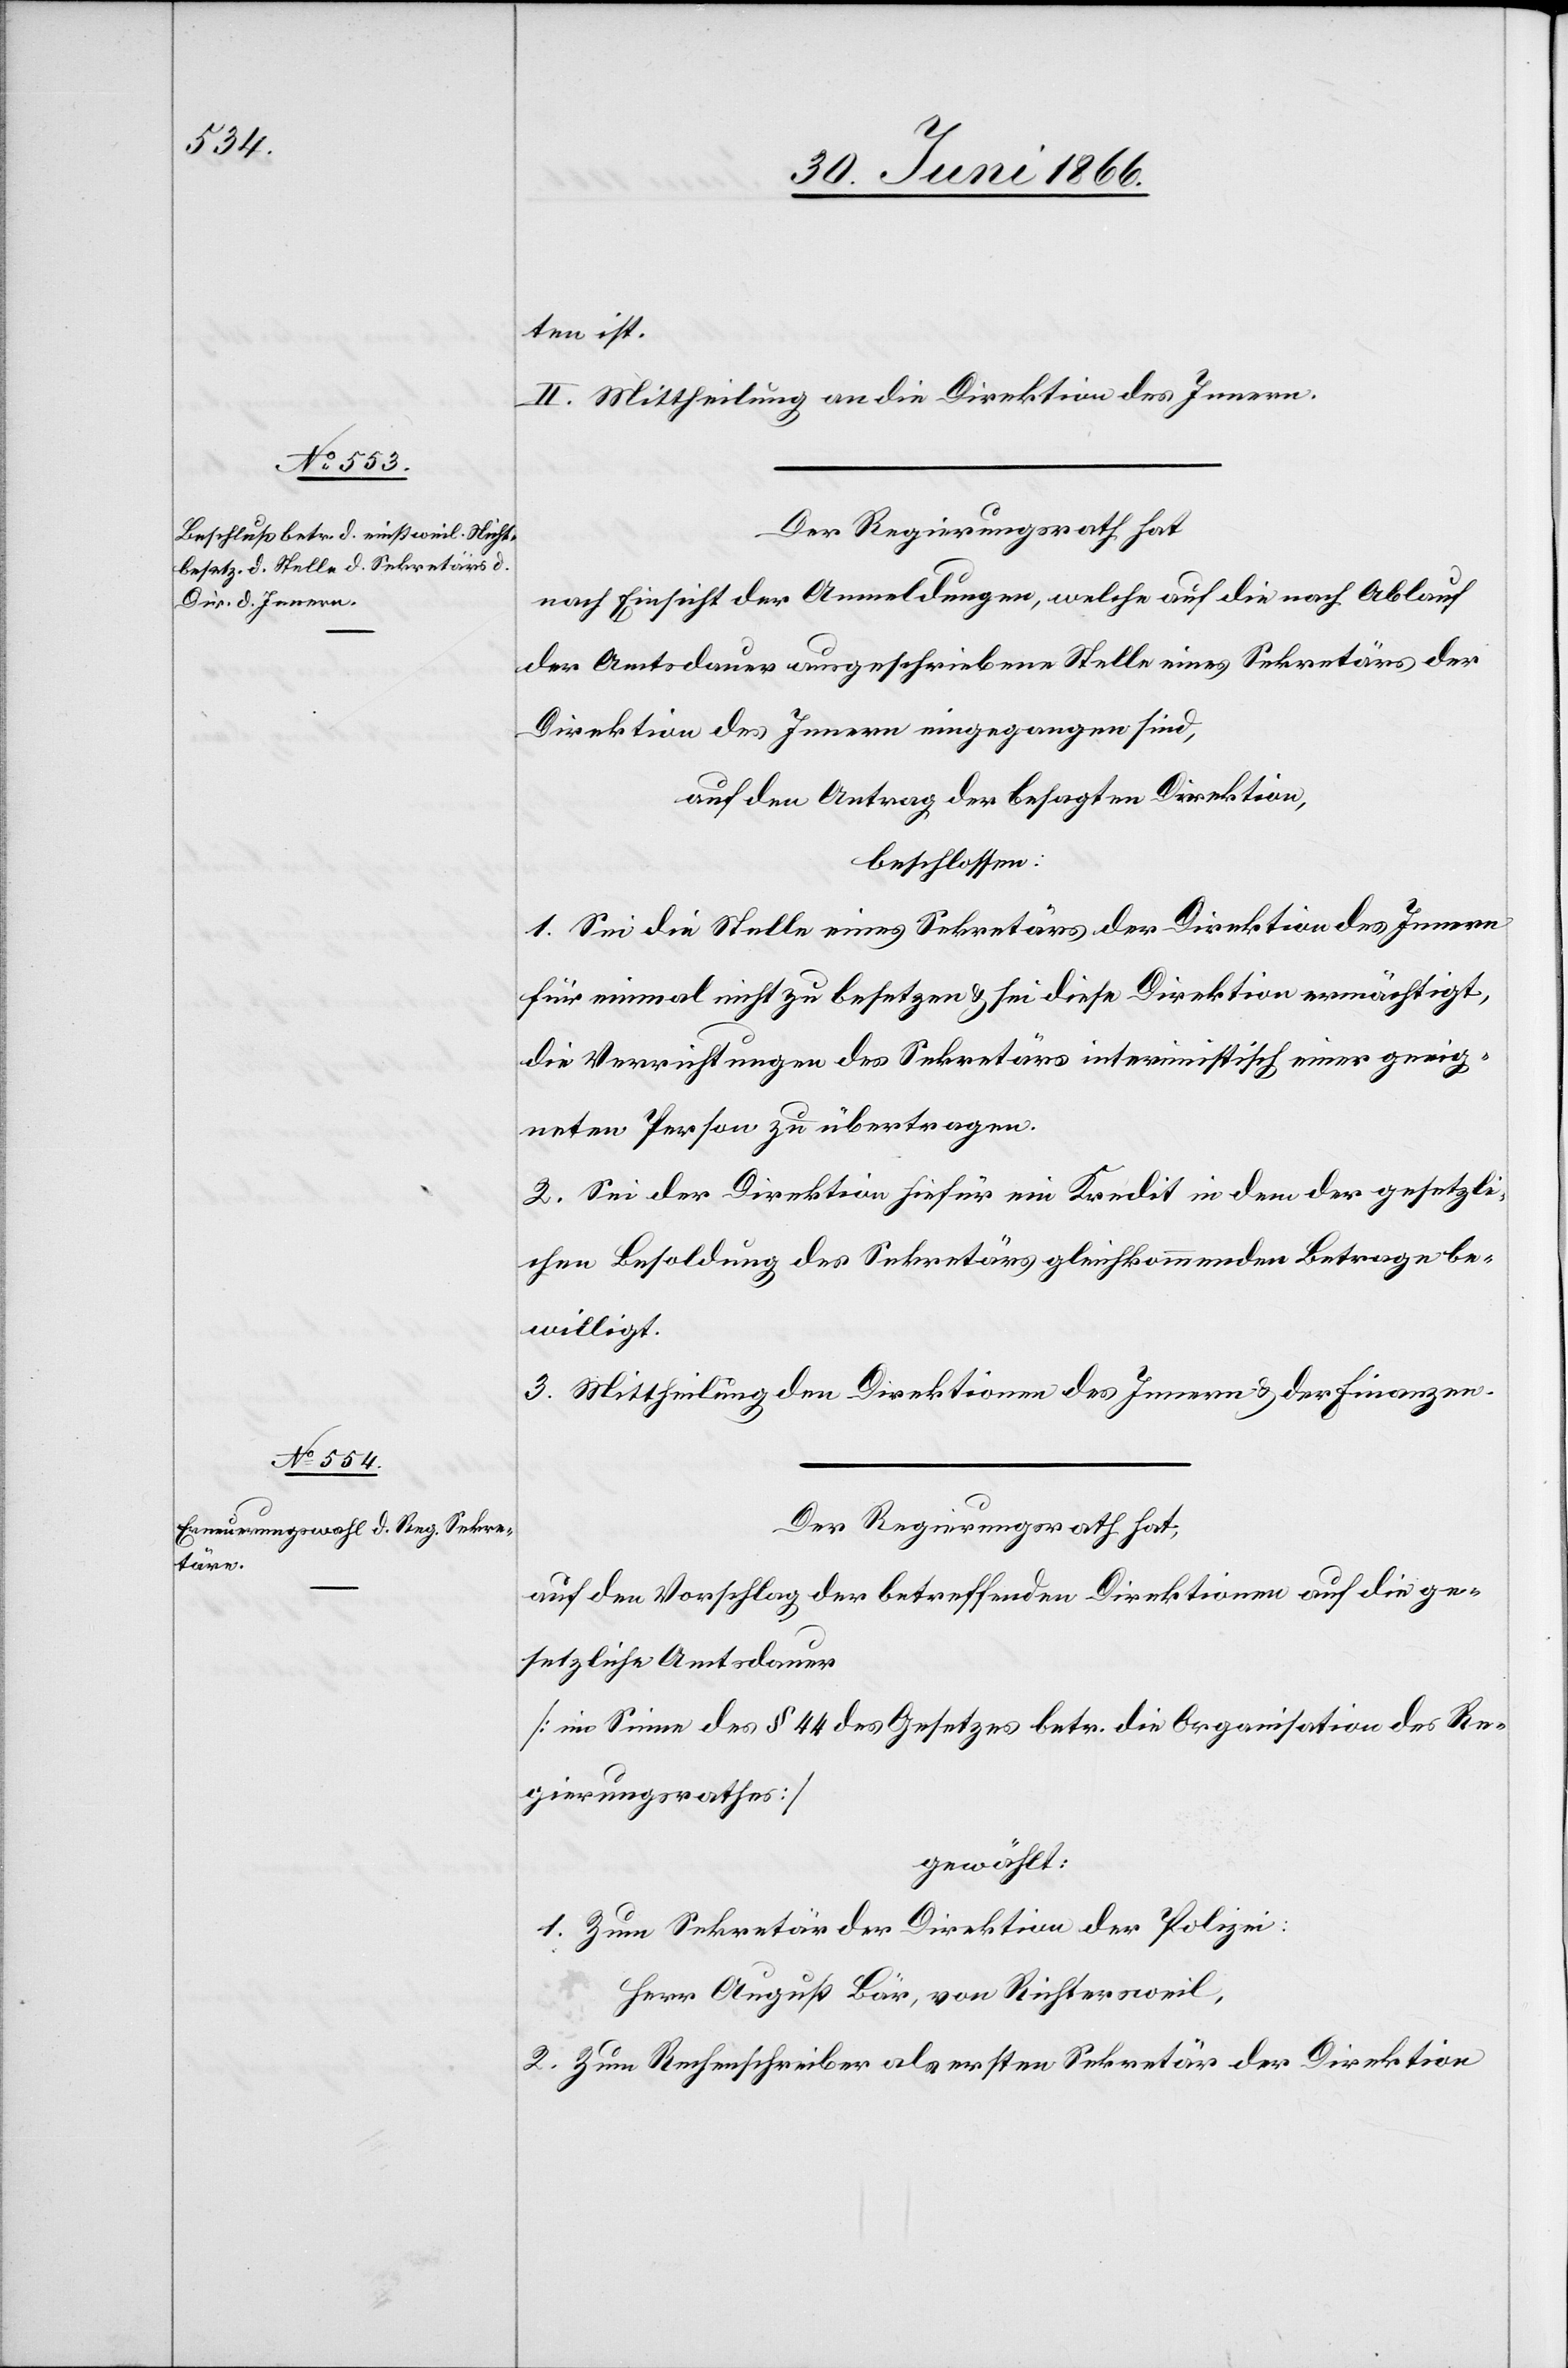
ten ist.
II. Mittheilung an die Direktion des Innern.
Der Regierungsrath hat,
nach Einsicht der Anmeldungen, welche auf die nach Ablauf
der Amtsdauer ausgeschriebene Stelle eines Sekretärs der
Direktion des Innern eingegangen sind,
auf den Antrag der besagten Direktion,
beschlossen:
1. Sei die Stelle eines Sekretärs der Direktion des Innern
für einmal nicht zu besetzen u. sei diese Direktion ermächtigt,
die Verrichtungen des Sekretärs interimistisch einer geeig¬
neten Person zu übertragen.
2. Sei der Direktion hiefür ein Kredit in dem der gesetzli¬
chen Besoldung des Sekretärs gleichkommenden Betrage be¬
willigt.
3. Mittheilung den Direktionen des Innern u. der Finanzen.
Der Regierungsrath hat,
auf den Vorschlag der betreffenden Direktionen auf die ge¬
setzliche Amtsdauer
[im Sinne des § 44 des Gesetzes betr. die Organisation des Re¬
gierungsrathes]
gewählt:
1. Zum Sekretär der Direktion der Polizei:
Herr August Bär, von Richtersweil,
2. Zum Rechenschreiber als ersten Sekretär der Direktion